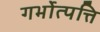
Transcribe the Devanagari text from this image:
गर्भोत्पत्ति